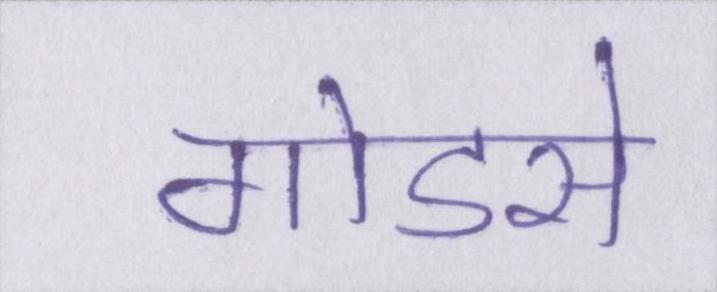
गोडसे